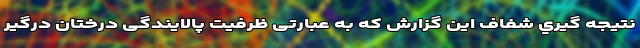
نتيجه گيري شفاف این گزارش که به عبارتی ظرفیت پالایندگی درختان درگير